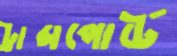
ট্রান্সপোর্টে